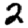
Digit: 2